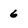
Character: 6